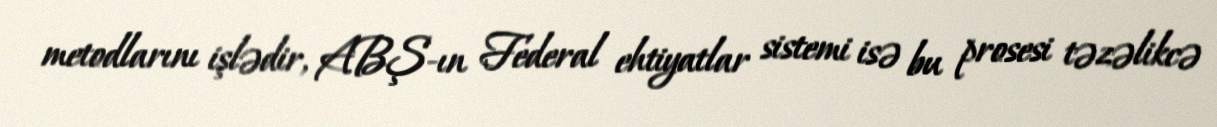
metodlarını işlədir, ABŞ-ın Federal ehtiyatlar sistemi isə bu prosesi təzəlikcə